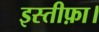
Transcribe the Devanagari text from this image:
इस्तीफ़ा।